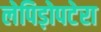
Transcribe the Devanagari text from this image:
लेपिड़ोपटेरा